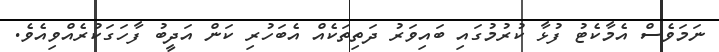
ނަމަވެސް އެމާކެޓު ފުޅާ ކުރުމުގައި ބައިވަރު ދަތިތަކެއް އެބަހުރި ކަަން އަދީބު ފާހަގަކުރެއްވިއެވެ.